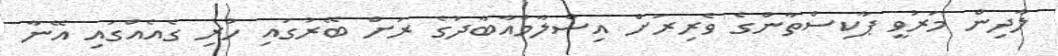
ލާދިން މަރުވީ ޕާކިސްތާންގެ ވެރިރަށް އިސްލާމްއާބާދުގެ ރަށް ބޭރުގައި ހުރި ގެއެއްގައި އޭނާ